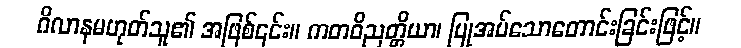
ဂိလာနမဟုတ်သူ၏ အဖြစ်၎င်း။ ကတဝိညတ္တိယာ၊ ပြုအပ်သောတောင်းခြင်းဖြင့်။